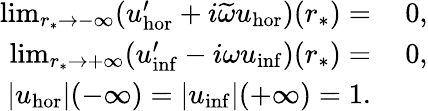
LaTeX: \begin{array}{rl}{\operatorname*{lim}_{r_{*}\to-\infty}(u_{\mathrm{hor}}^{\prime}+i\widetilde{\omega}u_{\mathrm{hor}})(r_{*})=}&{\: 0,}\\ {\operatorname*{lim}_{r_{*}\to+\infty}(u_{\mathrm{inf}}^{\prime}-i\omega u_{\mathrm{inf}})(r_{*})=}&{\: 0,}\\ {|u_{\mathrm{hor}}|(-\infty)=|u_{\mathrm{inf}}|(+\infty)=1.}\end{array}